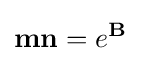
\mathbf {mn} =e^{\mathbf {B} }